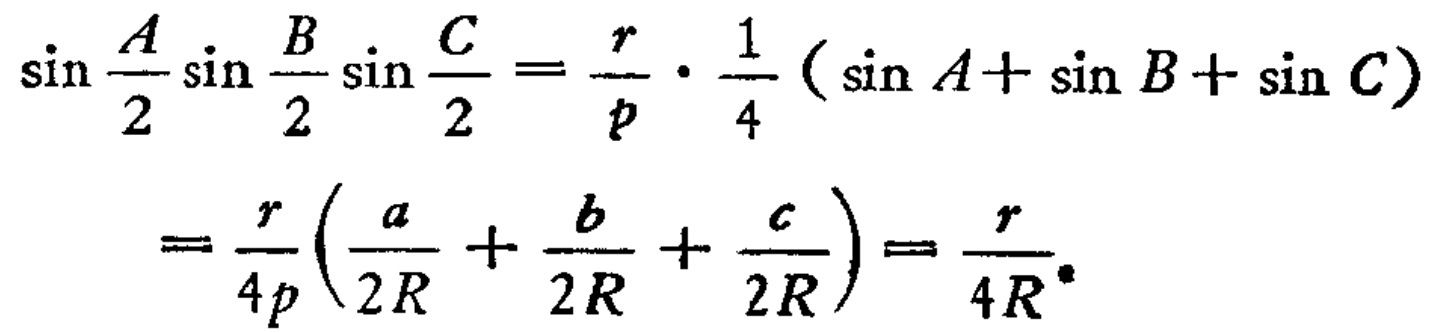
\[\begin{align*}
\sin\frac{A}{2}\sin\frac{B}{2}\sin\frac{C}{2}&=\frac{r}{p}\cdot\frac{1}{4}(\sin A + \sin B+\sin C)\\
&=\frac{r}{4p}\left(\frac{a}{2R}+\frac{b}{2R}+\frac{c}{2R}\right)=\frac{r}{4R}
\end{align*}\]